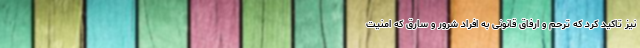
نیز تاکید کرد که ترحم و ارفاق قانونی به افراد شرور و سارق که امنیت